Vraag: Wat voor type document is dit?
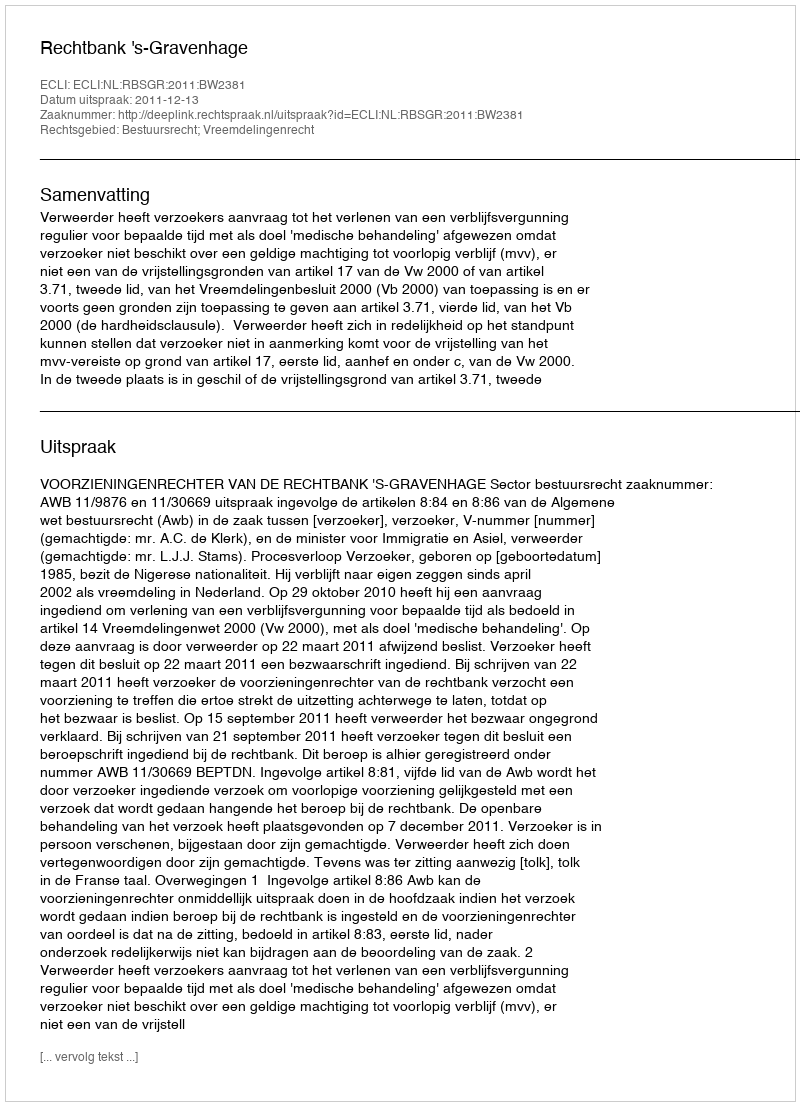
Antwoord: Uitspraak